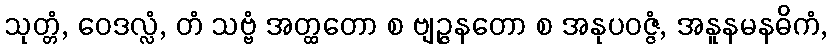
သုတ္တံ, ဝေဒလ္လံ, တံ သဗ္ဗံ အတ္ထတော စ ဗျဉ္ဇနတော စ အနုပဝဇ္ဇံ, အနူနမနဓိကံ,